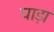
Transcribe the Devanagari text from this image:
घाड़ा